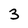
Character: 3